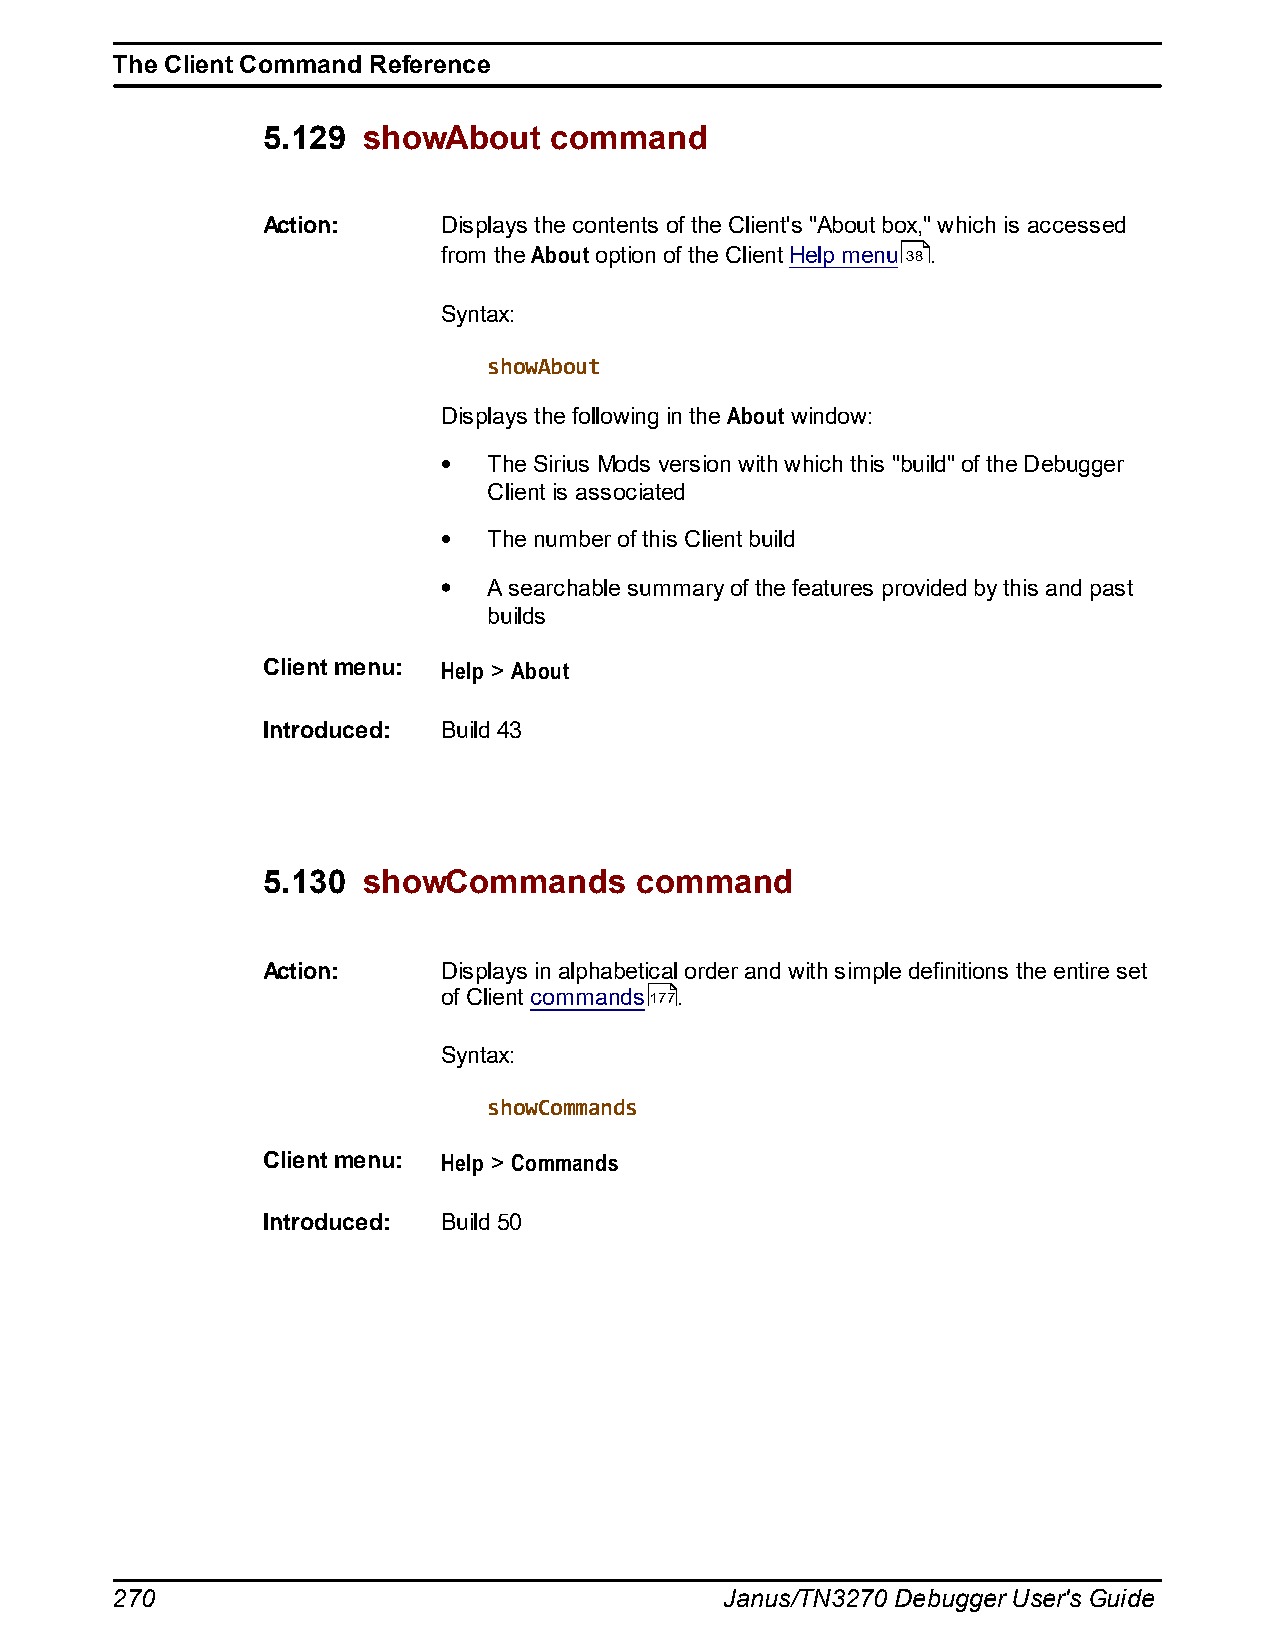
The Client Command Reference
 5.129  showAbout   command
 Action:     Displays the contents of the Client's "About box," which is accessed
 from the About option of the Client Help menu 38 .
 Syntax:
 showAbout
 Displays the following in the About window:
 The Sirius Mods version with which this "build" of the Debugger
 Client is associated
 The number of this Client build
 A searchable summary of the features provided by this and past
 builds
 Client menu: Help > About
 Introduced: Build 43
 5.130  showCommands      command
 Action:     Displays in alphabetical order and with simple definitions the entire set
 of Client commands177.
 Syntax:
 showCommands
 Client menu: Help > Commands
 Introduced: Build 50
 270                                      Janus/TN3270 Debugger User's Guide